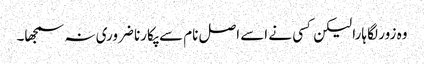
وہ زور لگا ہارا لیکن کسی نے اسے اصل نام سے پکارنا ضروری نہ سمجھا۔